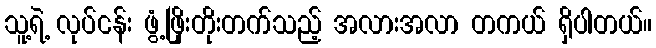
သူ့ရဲ့ လုပ်ငန်း ဖွံ့ဖြိုးတိုးတက်သည့် အလားအလာ တကယ် ရှိပါတယ်။